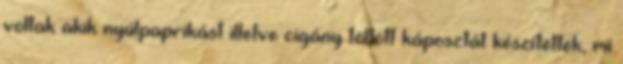
voltak akik nyúlpaprikást illetve cigány töltött káposztát készítettek, mi